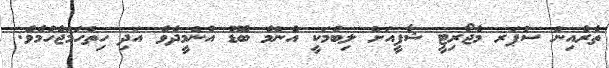
ތެރެއިން ސުޕަރ މެޖޯރިޓީ ޝާފީއަށް ލިބުމަކީ އެންމެ ބޮޑު އުންމީދެވެ އަދި ހިތްހަމަޖެހުމެވެ.